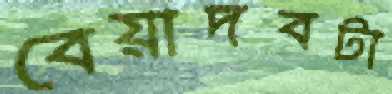
বেয়াদবটা